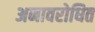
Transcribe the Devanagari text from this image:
अनावरोधित